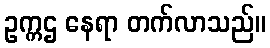
ဥက္ကဌ နေရာ တက်လာသည်။